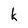
Character: k